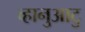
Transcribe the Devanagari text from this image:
व्हानुआटु